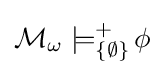
{\mathcal {M}}_{\omega }\models _{\{\emptyset \}}^{+}\!\phi